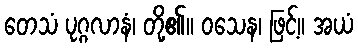
တေသံ ပုဂ္ဂလာနံ၊ တို့၏။ ဝသေန၊ ဖြင့်။ အယံ